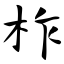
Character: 柞